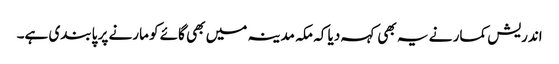
اندریش کمار نے یہ بھی کہہ دیا کہ مکہ مدینہ میں بھی گائے کو مارنے پر پابندی ہے۔